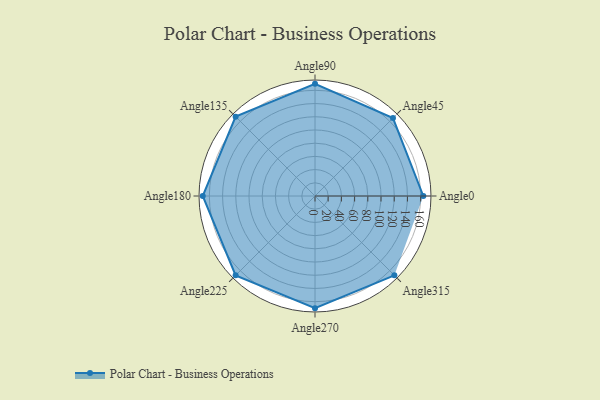
{"axis": {"x": "Angle", "y": "Radius"}, "legend": [""], "data": [{"x": "Angle0", "y": 164.0, "type": ""}, {"x": "Angle45", "y": 167.0, "type": ""}, {"x": "Angle90", "y": 170, "type": ""}, {"x": "Angle135", "y": 170, "type": ""}, {"x": "Angle180", "y": 170, "type": ""}, {"x": "Angle225", "y": 170, "type": ""}, {"x": "Angle270", "y": 170, "type": ""}, {"x": "Angle315", "y": 170, "type": ""}]}